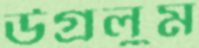
উগ্‌রলুম